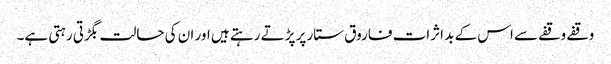
وقفے وقفے سے اس کے بد اثرات فاروق ستار پر پڑتے رہتے ہیں اور ان کی حالت بگڑتی رہتی ہے۔